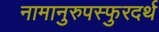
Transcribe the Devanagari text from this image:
नामानुरुपस्फुरदर्थ